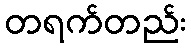
တရက်တည်း